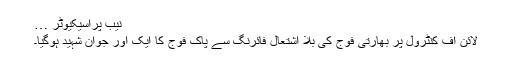
نیب پراسیکیوٹر …
لائن آف کنٹرول پر بھارتی فوج کی بلا اشتعال فائرنگ سے پاک فوج کا ایک اور جوان شہید ہوگیا۔